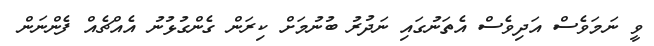
ވީ ނަމަވެސް އަދިވެސް އެތަނުގައި ނަދުރު ބުނުމަށް ކިރަން ގެންގުޅުނު އެއްޗެއް ފެންނަން